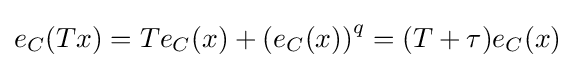
e_{C}(Tx)=Te_{C}(x)+\left(e_{C}(x)\right)^{q}=(T+\tau )e_{C}(x)